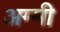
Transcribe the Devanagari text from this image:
अम्मी